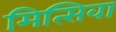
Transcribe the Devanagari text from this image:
मित्सिवा